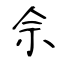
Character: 佘